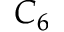
C _ { 6 }